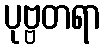
ပုဗ္ဗတရာ